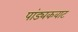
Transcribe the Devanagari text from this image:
पांड्यकवाट